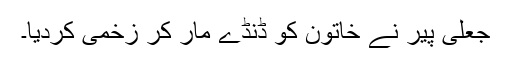
جعلی پیر نے خاتون کو ڈنڈے مار کر زخمی کردیا۔